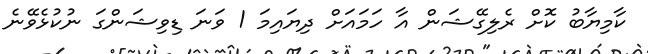
ކާމިޔާބު ކޮށް ރެލިގޭޝަން އާ ހަމައަށް ދިޔައިމަ 1 ވަނަ ޑިވިޝަންގަ ނުކުޅެވޭނެ